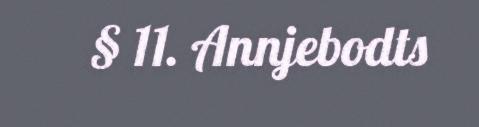
§ 11. Annjebodts